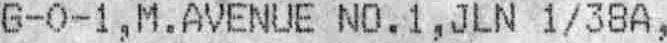
G-0-1, M.AVENUE NO.1, JLN 1/38A ,